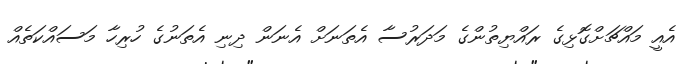
އެއީ މައްޗަށްގޮޅިގެ ރައްޔިތުންގެ މަދަރުސާ އެތަނަށް އެނަން ދިނި އެތަނުގެ ހުރިހާ މަސައްކަތެއް